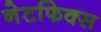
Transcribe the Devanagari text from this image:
नेटफिक्स